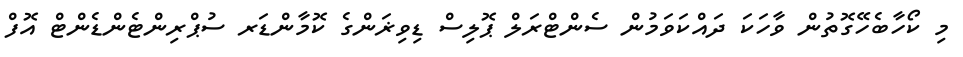
މި ކޯހާބެހޭގޮތުން ވާހަކަ ދައްކަވަމުން ސެންޓްރަލް ޕޮލިސް ޑިވިޜަންގެ ކޮމާންޑަރ ސުޕްރިންޓެންޑެންޓް އޮފް